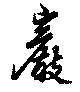
巖